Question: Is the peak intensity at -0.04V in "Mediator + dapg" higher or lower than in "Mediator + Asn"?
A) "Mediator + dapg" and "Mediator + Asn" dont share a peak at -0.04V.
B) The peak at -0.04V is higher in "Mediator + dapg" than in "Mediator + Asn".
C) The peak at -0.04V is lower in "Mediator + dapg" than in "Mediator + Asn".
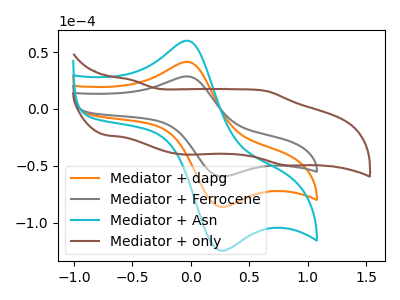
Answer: <think>The orange curve "Mediator + dapg" has an anodic peak at (-0.05V, 41.55uA) and a cathodic peak at (0.25V, -85.65uA). The gray curve "Mediator + Ferrocene" has an anodic peak at (-0.05V, 28.70uA) and a cathodic peak at (0.25V, -59.15uA). The cyan curve "Mediator + Asn" has an anodic peak at (-0.05V, 83.05uA) and a cathodic peak at (0.25V, -171.25uA). The brown curve "Mediator + only" has anodic peaks at (-0.50V, 25.50uA) (0.65V, 15.75uA) and cathodic peaks at (-0.05V, -40.10uA) (0.80V, -49.40uA).</think>
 <answer>C) The peak at -0.04V is lower in "Mediator + dapg" than in "Mediator + Asn".</answer>
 <eval>C</eval>